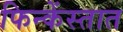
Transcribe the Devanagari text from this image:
फिन्केंस्तात